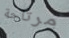
مرتاحة